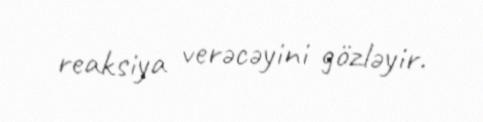
reaksiya verəcəyini gözləyir.